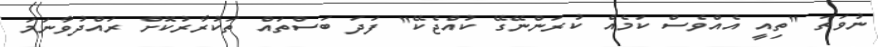
ނުވަތަ "ތިއީ އެއްވެސް ކަމެއް ކުރަންނޭގޭ ކުއްޖެކޭ" ފަދަ ބަސްތައް ތަކުރާރުކޮށް ރައްދުވާނަމަ